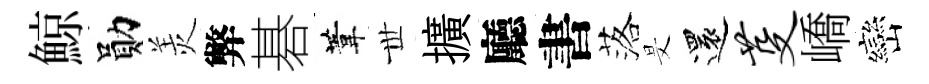
鯨勛羙弊碁葦𠀍擴廳書落旻還芟嶠巒